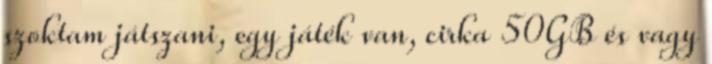
szoktam játszani, egy játék van, cirka 50GB és vagy